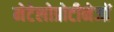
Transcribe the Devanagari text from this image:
मेटेलोप्रोटीनेजों